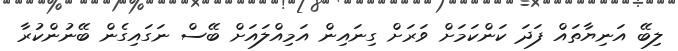
ލިބޭ އަނިޔާތައް ފަދަ ކަންކަމަށް ވަރަށް ގިނައިން އަމިއްލައަށް ބޭސް ނަގައިގެން ބޭނުންކުރާ